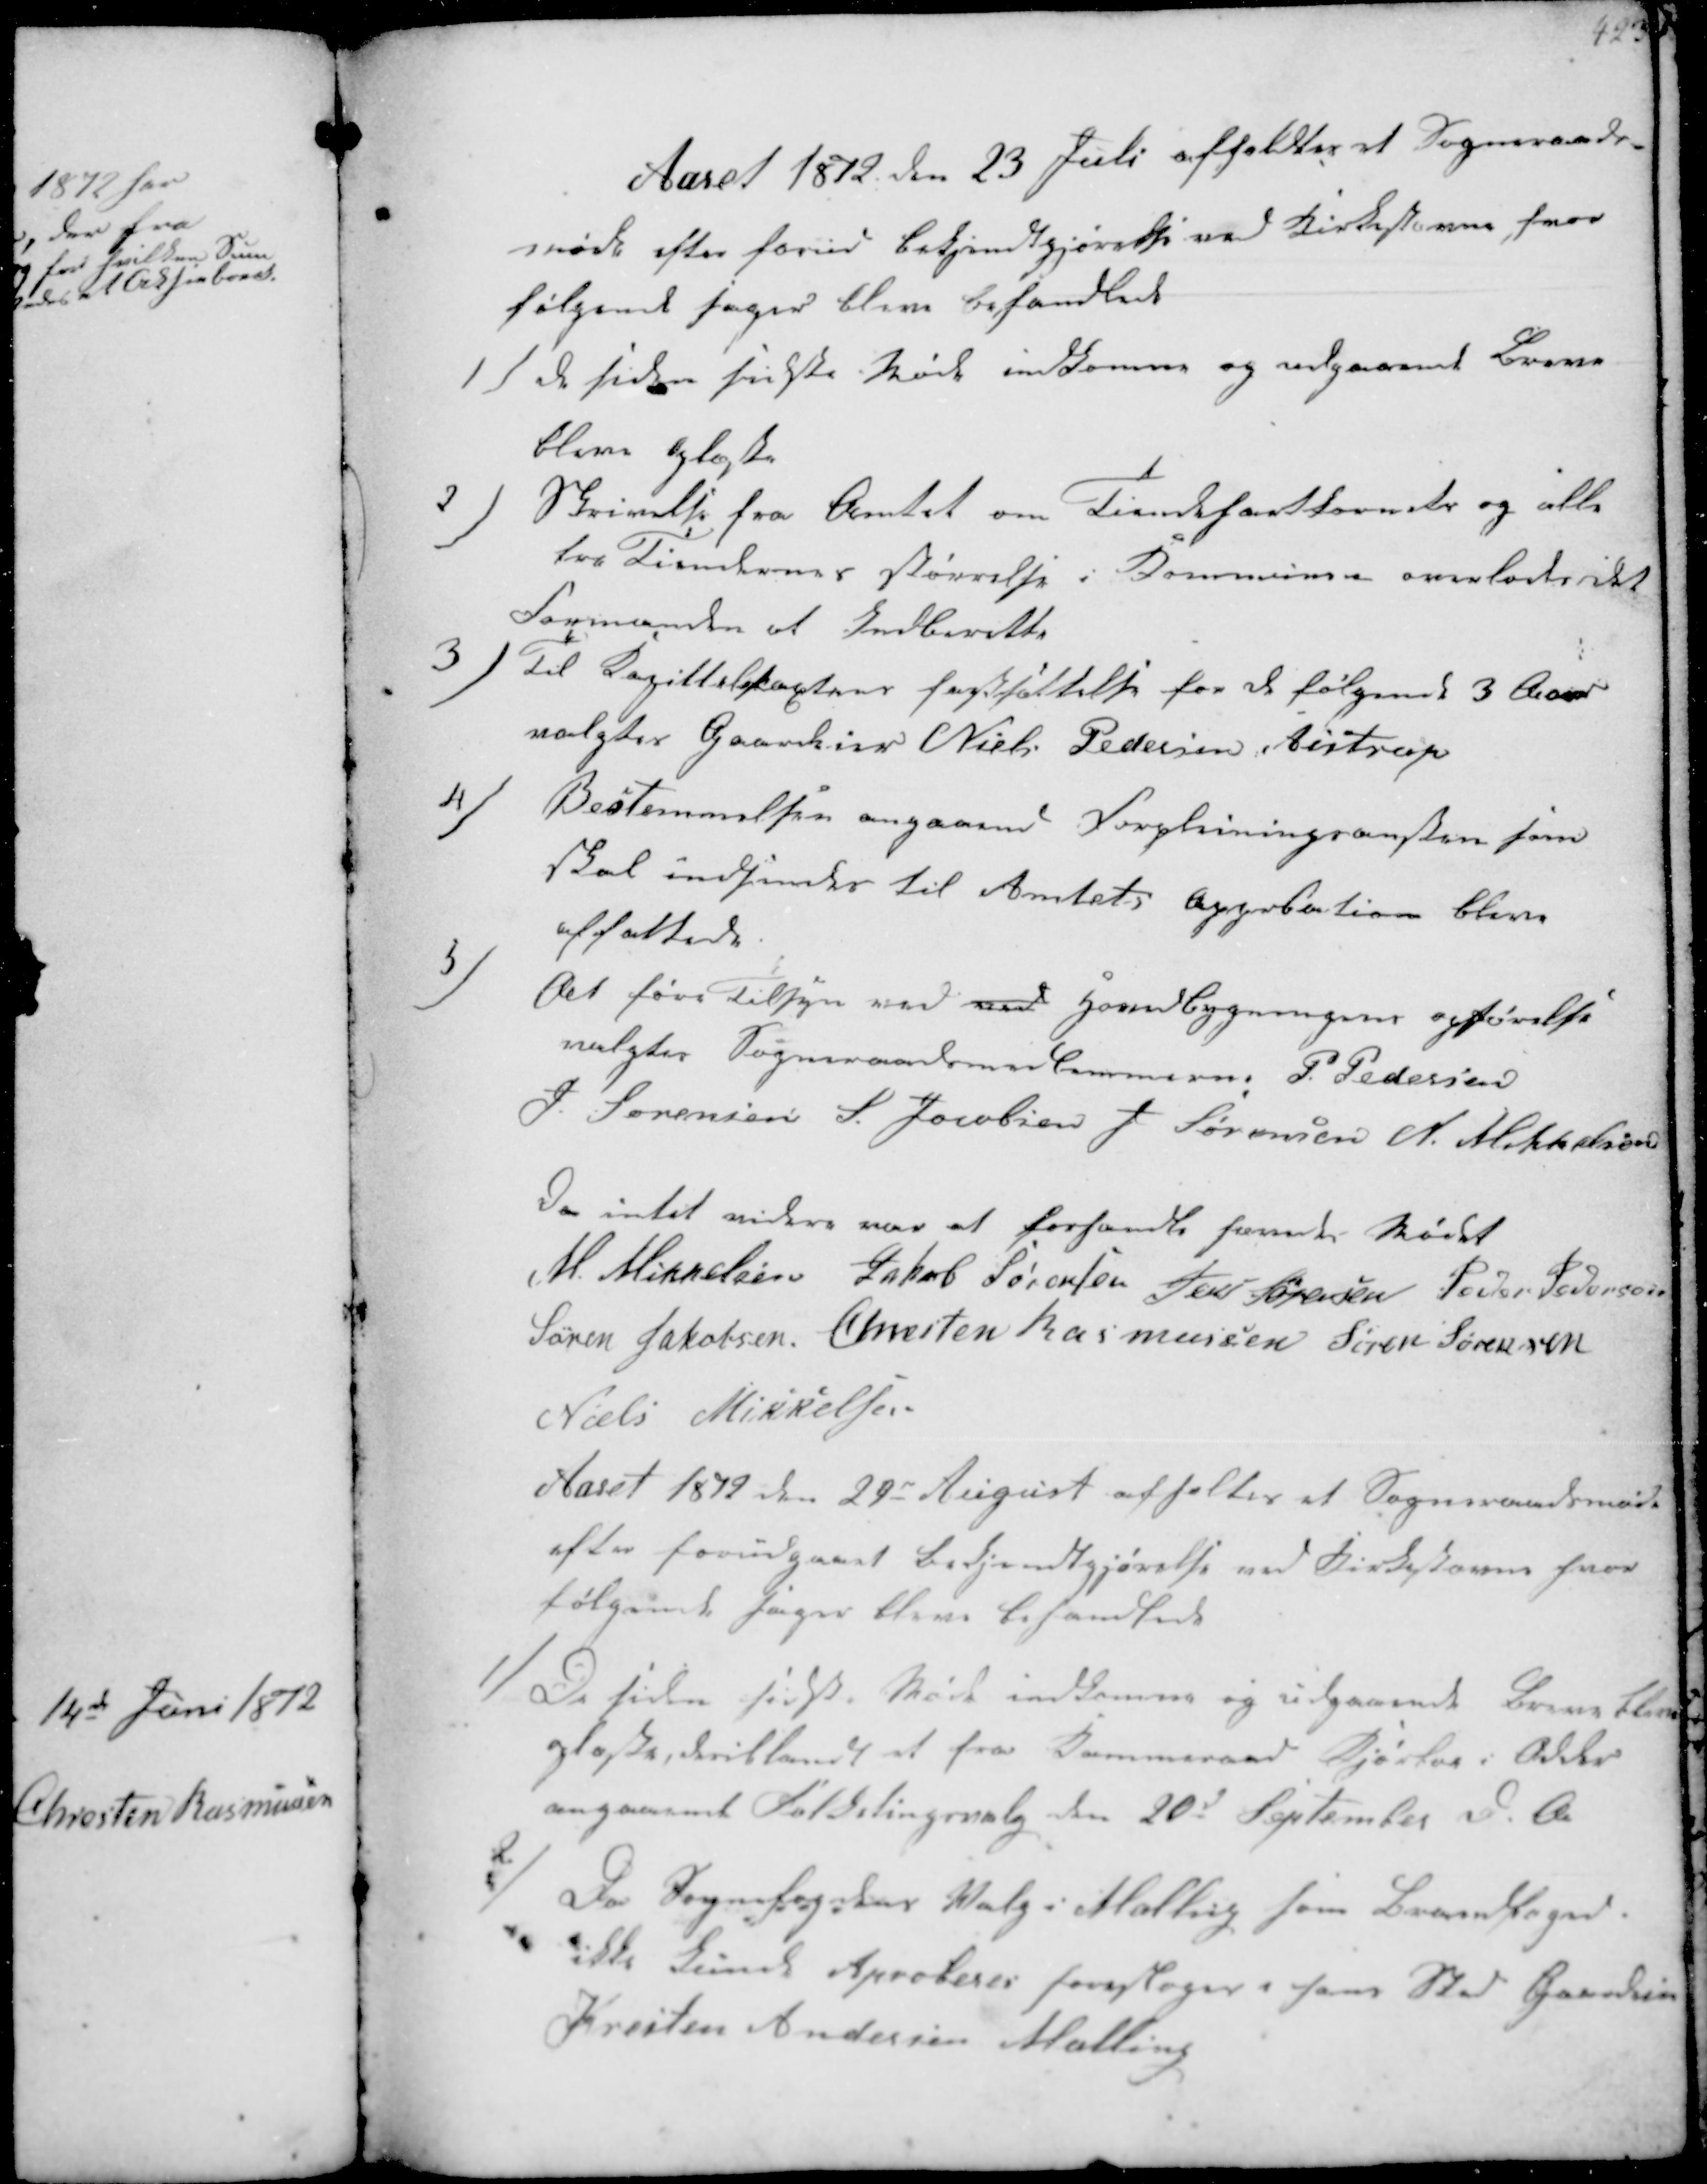
Transskription:
Aaret 1812 den 23 Juli afholdtes et Sogneraads-
møde efter forud Bekjendtgjørelse ved Kirkestævne hvor
følgende sager bleve behandlede

1/ de siden sidste Møde indkomne og udgaaende Breve
bleve oplæste

2/
Skrivelse fra Amtet om Tiendehartkornets og alle
fra Tiendernes størrelse i Kommunen overlades det
Formanden at Indberette

3/
til Kapittalstakstens fastsættelse for de følgende 3 Aar
valgtes Gaardeier Niels Pedersen Aistrup

4/
Bestemmelsen angaaende Forpleiningsanstalten som
skal indsendes til Amtets Approbation bleve
affattede

5/
At føre Tilsyn ved ved Hovedbygningens opførelse
valgte Sogneraadsmedlemmerne P Pedersen
J Sørensen S. Jacobsen J Sørensen N. Mikkelsen
Da intet videre var at forhandle hævedes Mødet
M. Mikkelsen Jakob Sørensen Jens Sørensen Peder Pedersen
Søren Jakobsen Chesten Rasmussen Søren Sørensen
Niels Mikkelsen

Aaret 1872 den 29de August afholtes et Sogneraadsmøde
efter forudgaaet Bekjendtgjørelse ved Kirkestævne hvor
følgende sager bleve behandlede

1/
De siden sidste Møde indkomne og udgaaende Breve bleve
oplæste, deriblandt et fra Kammeraad Kjørler i Odder
angaaende Foldetingsvalg den 20d September d.A.

2/
Da Sognefogdens Valg i Malling som Brandfoged.
ikke kunde Aproberes foresloges i hans Sted Gaardeier
Kresten Andersen Malling